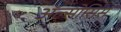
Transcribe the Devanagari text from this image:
ॲल्सोसिस